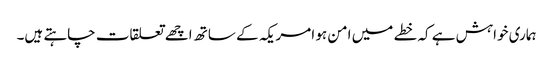
ہماری خواہش ہے کہ خطے میں امن ہو امریکہ کے ساتھ اچھے تعلقات چاہتے ہیں۔